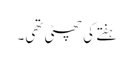
ہفتے کی چھٹی تھی۔